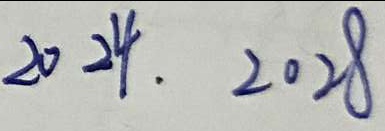
2 0 2 4 . 2 0 2 8